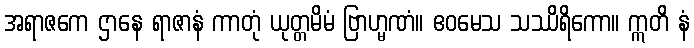
အရာဇကေ ဌာနေ ရာဇာနံ ကာတုံ ယုတ္တမိမံ ဗြာဟ္မဏံ။ ဧဝမေသ သဿိရိကော။ ဣတိ နံ